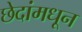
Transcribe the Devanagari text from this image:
छेदांमधून